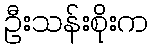
ဦးသန်းစိုးက